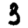
Digit: 3